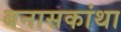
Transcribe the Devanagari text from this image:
बनासकांथा